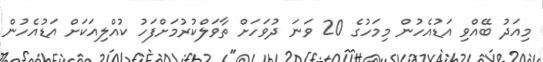
މިއަދު ބޭއްވި އަޑުއެހުން މިމަހުގެ 20 ވަނަ ދުވަހަށް ތާވަލްކުރުމަށްފަހު ކުއްލިއަކަށް އަޑުއެހުން